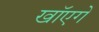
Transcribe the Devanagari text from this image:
खाॅएगें